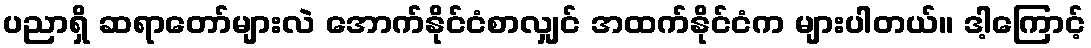
ပညာရှိ ဆရာတော်များလဲ အောက်နိုင်ငံစာလျှင် အထက်နိုင်ငံက များပါတယ်။ ဒါ့ကြောင့်